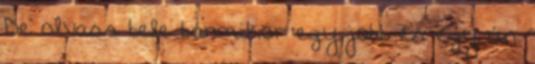
De olvass bele bármikor egy jobb és egy ún.